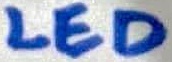
Text: LED